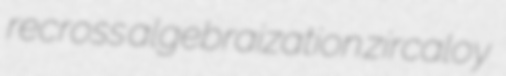
recross algebraization zircaloy